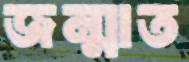
জন্মাত